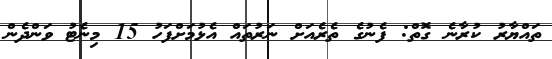
ތައްޔާރު ކުރާނެ ގޮތް: ފެނުގެ ތެރެއަށް ނަރުތައް އެޅުމަށްފަހު 15 މިނެޓު ވަންދެން